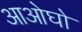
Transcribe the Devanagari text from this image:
आओघो